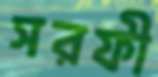
সরফী